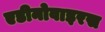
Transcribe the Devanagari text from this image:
एडीनोवाइरस